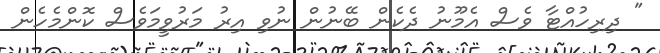
" ދިރިހުއްޓާ ވެސް އެމޫނު ދެކެން ބޭނުން ނުވި އިރު މަރުވީމަވެސް ކޮންމެހެން